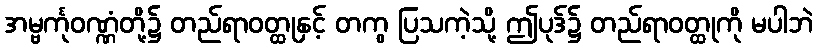
အမ္ဗင်္ကုဝဏ္ဏံတို့၌ တည်ရာဝတ္ထုနှင့် တကွ ပြသကဲ့သို့ ဤပုဒ်၌ တည်ရာဝတ္ထုကို မပါဘဲ